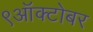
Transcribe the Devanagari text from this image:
९ऑक्टोबर